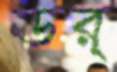
ডর্